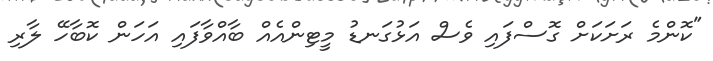
"ކޮންމެ ރަށަކަށް ގޮސްފައި ވެސް އަޅުގަނޑު މީޓިންއެއް ބާއްވާފައި އަހަން ކޮބާހޭ ލާރި